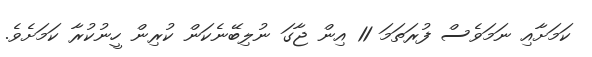
ކަމަށާއި ނަމަވެސް ފުރަތަމަ 11 އިން ޖާގަ ނުލިބޭނެކަން ކުރިން ހީނުކުރާ ކަމަށެވެ.